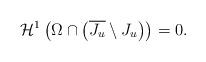
LaTeX: \begin{align*} \mathcal{H}^1\left( \Omega \cap \left( \overline{J_u} \setminus J_u \right) \right) = 0.\end{align*}